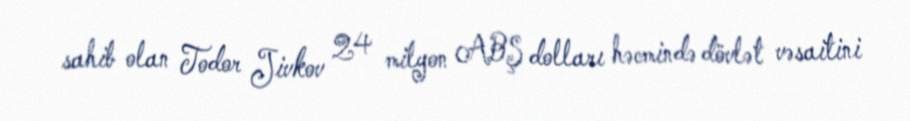
sahib olan Todor Jivkov 24 milyon ABŞ dolları həcmində dövlət vəsaitini